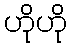
ဟိုဟို